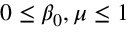
0 \leq \beta _ { 0 } , \mu \leq 1